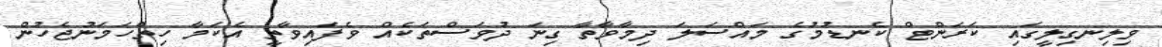
ވިލިނގިލީގައި ކަރަންޓް ކެނޑުމުގެ މައްސަލަ ދިމާވާތާ ގިނަ ދުވަސްތަކެއް ވެފައިވާތީ އެކަމާ ހިތްހަމަނުޖެހުން